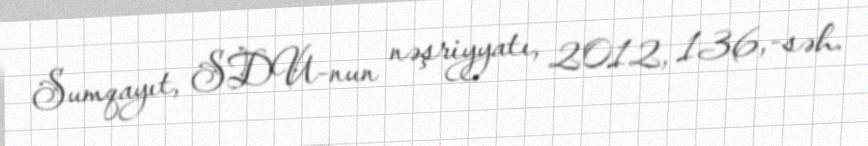
Sumqayıt, SDU-nun nəşriyyatı, 2012, 136,-səh.